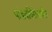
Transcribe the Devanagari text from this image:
पांडवविरोधातील